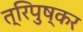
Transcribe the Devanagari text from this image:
त्रिपुष्कर